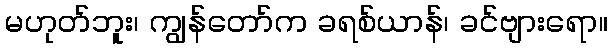
မဟုတ်ဘူး၊ ကျွန်တော်က ခရစ်ယာန်၊ ခင်ဗျားရော။